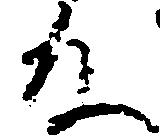
殿